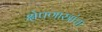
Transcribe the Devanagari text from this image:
क्षेपणास्त्रांचा